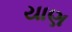
યાણ